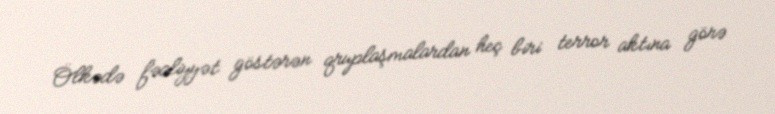
Ölkədə fəaliyyət göstərən qruplaşmalardan heç biri terror aktına görə